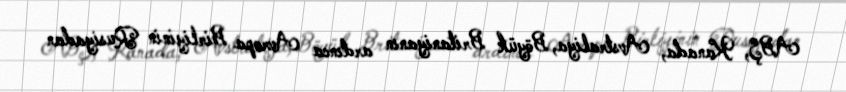
ABŞ, Kanada, Avstraliya, Böyük Britaniyanın ardınca Avropa Birliyinin Rusiyadan